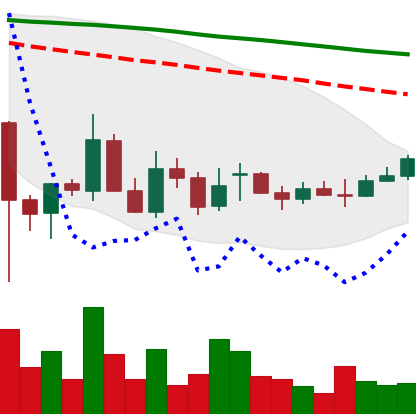
Ticker: EOS-USD
Chart end date: 2021-12-23
Forward return: -10.262%
Label: down_7plus